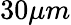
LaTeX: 30\mu m